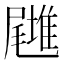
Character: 𡳪